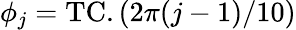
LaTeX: \phi_{j}=\mathrm{TC}.(2\pi(j-1)/10)